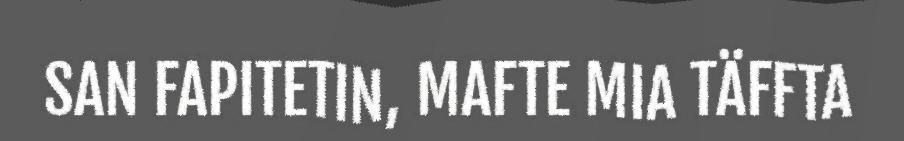
SAN FAPITETIN, MAFTE MIA TÄFFTA